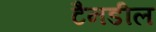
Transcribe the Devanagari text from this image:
टैनडील